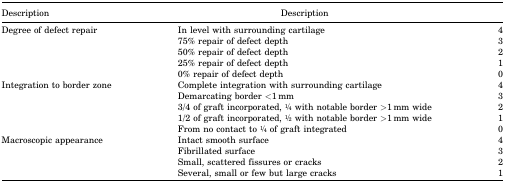
| Description | Description |  |
 | --- | --- | --- |
 | Degree of defect repair | In level with surrounding cartilage | 4 |
 |  | 75% repair of defect depth | 3 |
 |  | 50% repair of defect depth | 2 |
 |  | 25% repair of defect depth | 1 |
 |  | 0% repair of defect depth | 0 |
 | Integration to border zone | Complete integration with surrounding cartilage | 4 |
 |  | Demarcating border <1 mm | 3 |
 |  | 3/4 of graft incorporated, 1⁄4 with notable border >1 mm wide | 2 |
 |  | 1/2 of graft incorporated, 1⁄2 with notable border >1 mm wide | 1 |
 |  | From no contact to 1⁄4 of graft integrated | 0 |
 | Macroscopic appearance | Intact smooth surface | 4 |
 |  | Fibrillated surface | 3 |
 |  | Small, scattered fissures or cracks | 2 |
 |  | Several, small or few but large cracks | 1 |